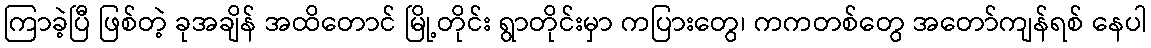
ကြာခဲ့ပြီ ဖြစ်တဲ့ ခုအချိန် အထိတောင် မြို့တိုင်း ရွာတိုင်းမှာ ကပြားတွေ၊ ကကတစ်တွေ အတော်ကျန်ရစ် နေပါ